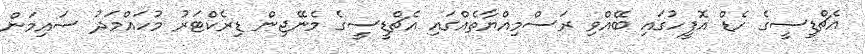
އެޗްޑީސީގެ ހެޑް އޮފީހުގައި ބޭއްވި ރަސްމިއްޔާތެއްގައި އެޗްޑީސީގެ މެނޭޖިން ޑިރެކްޓަރު މުހައްމަދު ސައިމަން